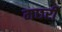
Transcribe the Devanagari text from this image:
मछरी